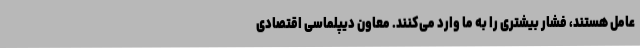
عامل هستند، فشار بیشتری را به ما وارد می‌کنند. معاون دیپلماسی اقتصادی